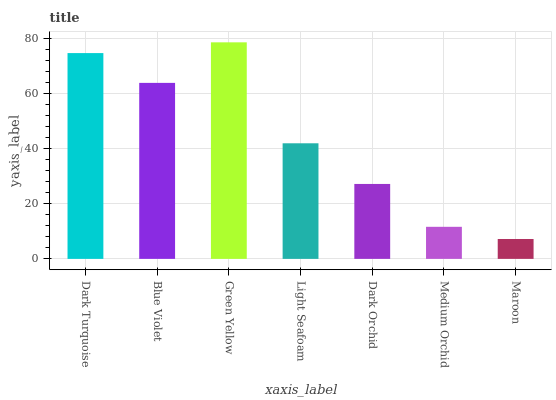
| xaxis_label | bars |
 | --- | --- |
 | Dark Turquoise | 74.8 |
 | Blue Violet | 64 |
 | Green Yellow | 78.7 |
 | Light Seafoam | 42 |
 | Dark Orchid | 27.2 |
 | Medium Orchid | 11.7 |
 | Maroon | 7.23 |